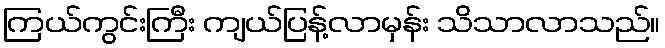
ကြယ်ကွင်းကြီး ကျယ်ပြန့်လာမှန်း သိသာလာသည်။